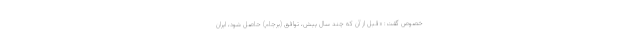
خصوص گفت: «قبل از آن که چند سال پیش، توافق (برجام) حاصل شود، ایران